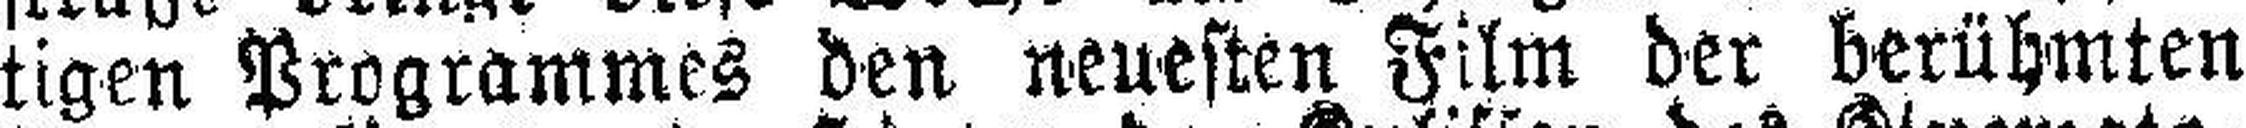
tigen Programmes den neuesten Film der berühmten